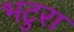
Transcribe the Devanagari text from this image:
भटुरा